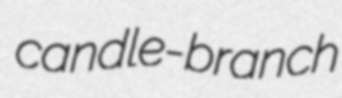
candle-branch